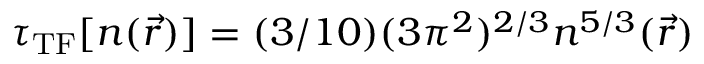
\tau _ { \mathrm { T F } } [ n ( \vec { r } ) ] = ( 3 / 1 0 ) ( 3 \pi ^ { 2 } ) ^ { 2 / 3 } n ^ { 5 / 3 } ( \vec { r } )